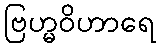
ဗြဟ္မဝိဟာရေ